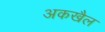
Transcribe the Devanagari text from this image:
अकखैल